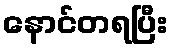
နောင်တရပြီး